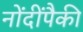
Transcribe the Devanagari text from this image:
नोंदींपैकी